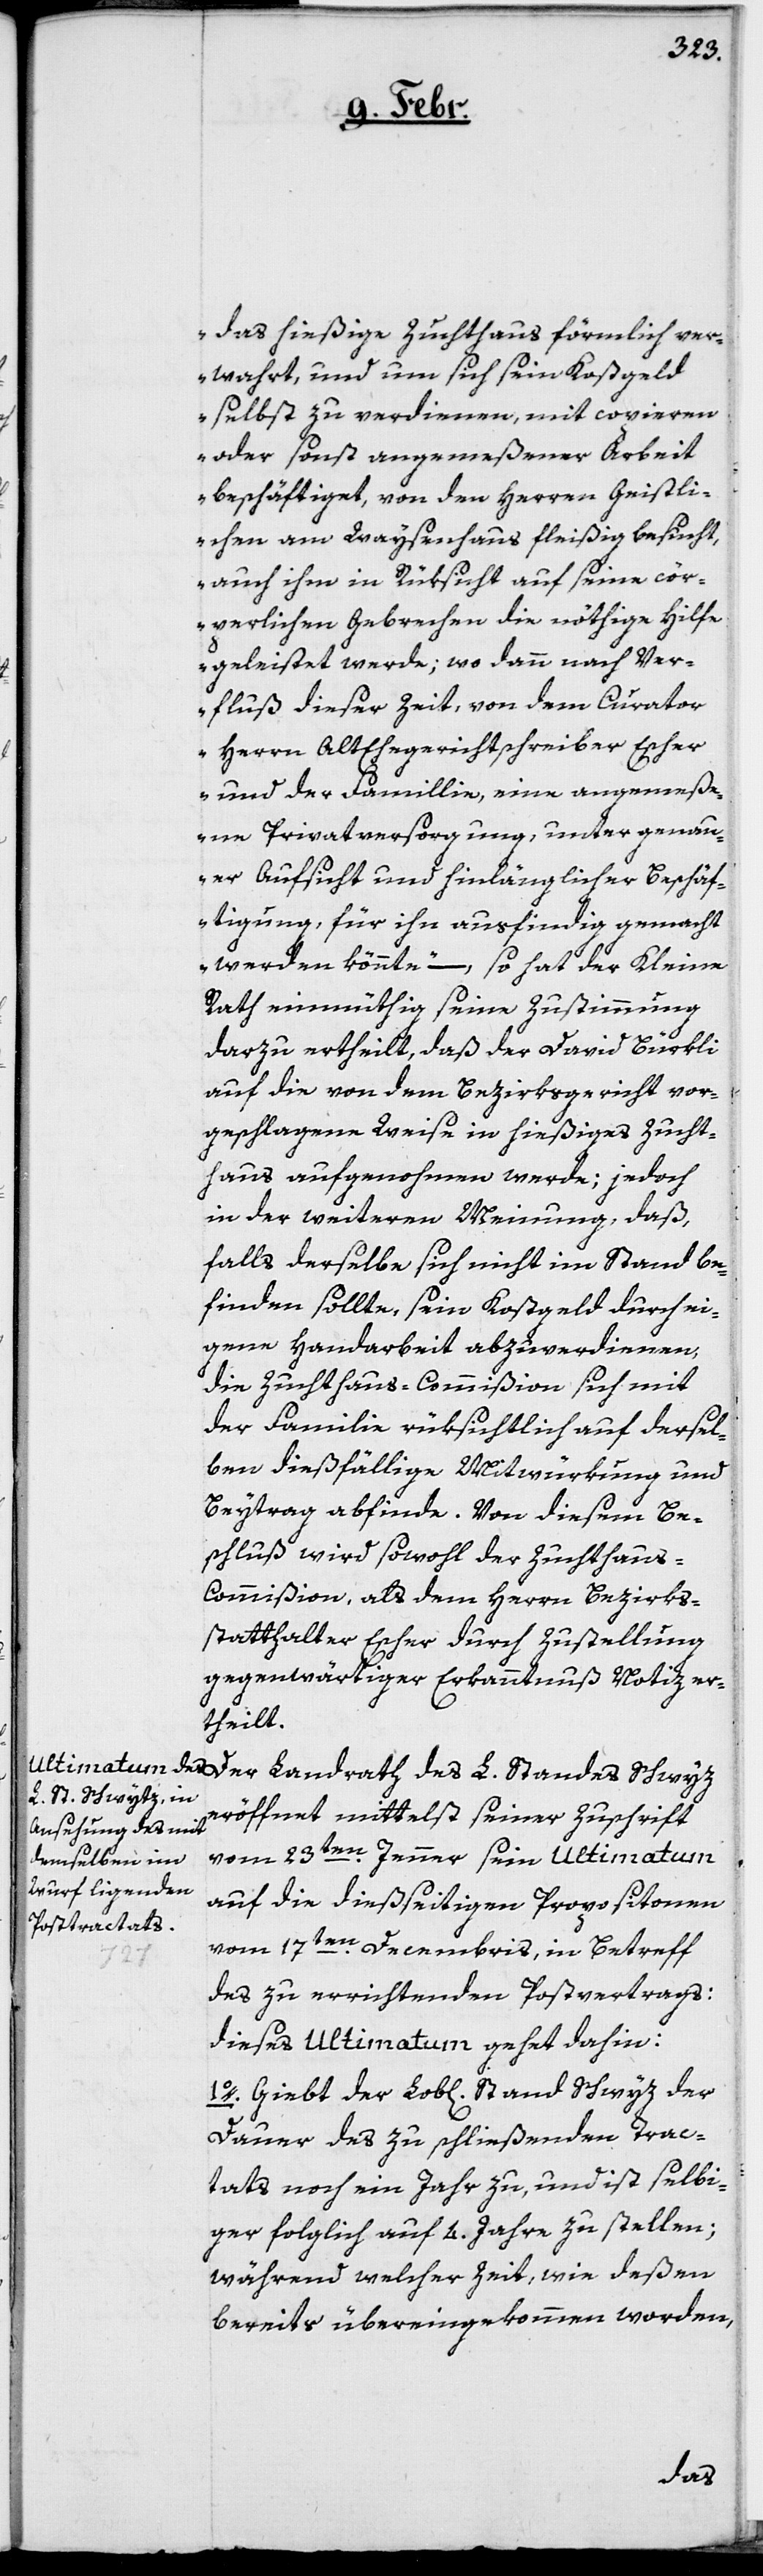
das hießige Zuchthaus förmlich ver¬
wahrt, und um sich sein Kostgeld
selbst zu verdienen, mit copieren
oder sonst angemeßener Arbeit
beschäftiget, von den Herren Geistli¬
chen am Waysenhaus fleißig besucht,
auch ihm in Rücksicht auf seine cör¬
perlichen Gebrechen die nöthige Hilfe
geleistet werde; wo dann nach Ver¬
fluß dieser Zeit, von dem Curator
Herrn Alt Ehegerichtschreiber Escher
und der Famillie, eine angemeße¬
ne Privatversorgung, unter genau¬
er Aufsicht und hinlänglicher Beschäf¬
tigung für ihn ausfindig gemacht
werden könnte“ – so hat der Kleine
Rath einmüthig seine Zustimmung
darzu ertheilt, daß der David Bürkli
auf die von dem Bezirksgericht vor¬
geschlagene Weise in hießiges Zucht¬
haus aufgenohmen werde; jedoch
in der weiteren Meinung, daß
falls derselbe sich nicht im Stand be¬
finden sollte, sein Kostgeld durch ei¬
gene Handarbeit abzuverdienen,
die Zuchthaus-Commißion sich mit
der Familie rücksichtlich auf dersel¬
ben dießfällige Mitwürkung und
Beytrag abfinde. Von diesem Be¬
schluß wird sowohl der Zuchthau¬
s-Commißion, als dem Herrn Bezirks¬
statthalter Escher durch Zustellung
gegenwärtiger Erkanntnuß Notiz er¬
theilt.
eröffnet mittelst seiner Zuschrift
vom 23ten. Jenner sein Ultimatum
auf die dießseitigen Propositionen
vom 17ten. Decembris, in Betreff
des zu errichtenden Postvertrags:
dieses Ultimatum gehet dahin:
1o. Giebt der Lob[liche] Stand Schwyz der
Dauer des zu schließenden Trac¬
tats noch ein Jahr zu, und ist selbi¬
ger folglich auf 4. Jahre zu stellen;
während welcher Zeit, wie deßen
bereits übereingekommen worden,
des